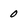
Character: 0